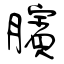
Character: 臏